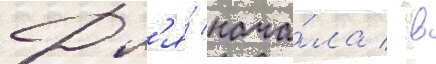
Дл'я́ нача́ла / в